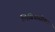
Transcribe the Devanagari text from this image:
लिबियासोबत